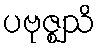
ပဗုဇ္ဈသိ